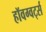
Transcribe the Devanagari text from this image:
हॉवग्वर्ट्स